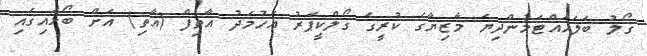
ގޯލު ބަލަހައްޓަމުންދިޔަ މާޒިޔާގެ ކުރީގެ ގޯލްކީޕަރު އަހުމަދު އާތިފް (އާތި) އަށް ބޯޅައިގައި